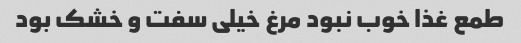
طمع غذا خوب نبود مرغ خیلی سفت و خشک بود